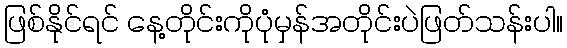
ဖြစ်နိုင်ရင် နေ့တိုင်းကိုပုံမှန်အတိုင်းပဲဖြတ်သန်းပါ။